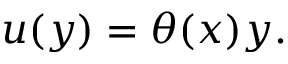
u ( y ) = \theta ( x ) y .